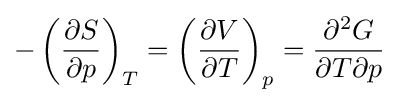
-\left({\frac {\partial S}{\partial p}}\right)_{T}=\left({\frac {\partial V}{\partial T}}\right)_{p}={\frac {\partial ^{2}G}{\partial T\partial p}}